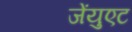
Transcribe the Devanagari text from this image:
जेंयुएट